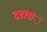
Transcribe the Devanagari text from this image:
दबावांे